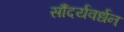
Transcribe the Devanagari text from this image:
सौंदर्यवर्धन